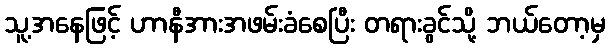
သူ့အနေဖြင့် ဟာနီအားအဖမ်းခံစေပြီး တရားခွင်သို့ ဘယ်တော့မှ